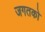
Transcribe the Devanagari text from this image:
जगतको